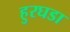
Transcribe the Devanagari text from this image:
हुरघडा